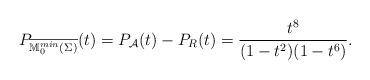
LaTeX: \begin{align*} P_{\overline{\mathbb{M}_0^{min}(\Sigma)}}(t)=P_{\mathcal{A}}(t)-P_R(t)={t^8\over{(1-t^2)(1-t^6)}}. \end{align*}